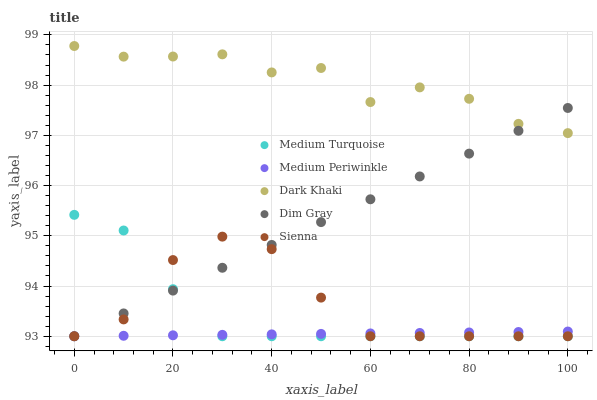
| xaxis_label | Medium Turquoise | Medium Periwinkle | Dark Khaki | Dim Gray | Sienna |
 | --- | --- | --- | --- | --- | --- |
 | 0 | 95.4 | 93 | 98.8 | 93 | 93 |
 | 10 | 95.1 | 93 | 98.6 | 93.5 | 93.3 |
 | 20 | 93.9 | 93 | 98.6 | 93.9 | 94.5 |
 | 30 | 93 | 93 | 98.6 | 94.4 | 95 |
 | 40 | 93 | 93 | 98.3 | 94.8 | 94.7 |
 | 50 | 93 | 93 | 98.3 | 95.3 | 93.8 |
 | 60 | 93 | 93.1 | 97.7 | 95.7 | 93 |
 | 70 | 93 | 93.1 | 98 | 96.2 | 93 |
 | 80 | 93 | 93.1 | 97.7 | 96.6 | 93 |
 | 90 | 93 | 93.1 | 97.2 | 97.1 | 93 |
 | 100 | 93 | 93.1 | 97 | 97.5 | 93 |